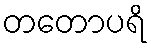
တတောပရိ